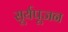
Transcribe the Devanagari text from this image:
सूर्यपूजन